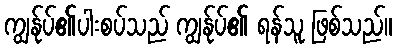
ကျွန်ုပ်၏ပါးစပ်သည် ကျွန်ုပ်၏ ရန်သူ ဖြစ်သည်။